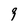
Character: 9